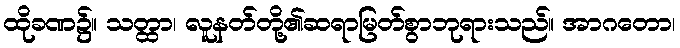
ထိုခဏ၌။ သတ္ထာ၊ လူနတ်တို့၏ဆရာမြတ်စွာဘုရားသည်။ အာဂတော၊